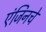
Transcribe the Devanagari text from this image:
एंजिनचे